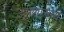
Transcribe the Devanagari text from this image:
उड्डाणांच्या